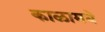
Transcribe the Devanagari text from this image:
काळामधे